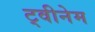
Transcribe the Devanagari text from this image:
ट्वीनेम